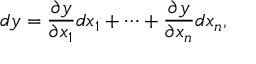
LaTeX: d y = { \frac { \partial y } { \partial x _ { 1 } } } d x _ { 1 } + \cdots + { \frac { \partial y } { \partial x _ { n } } } d x _ { n } ,